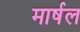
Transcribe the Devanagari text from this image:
मार्षल